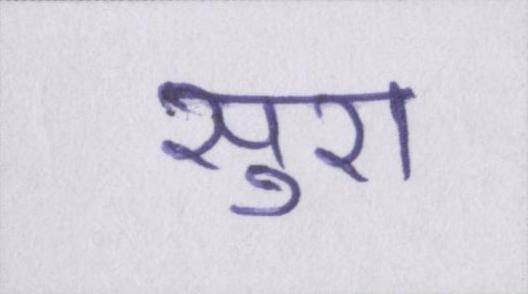
सुरा